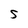
Character: S